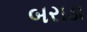
બરાડા